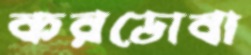
করডোবা